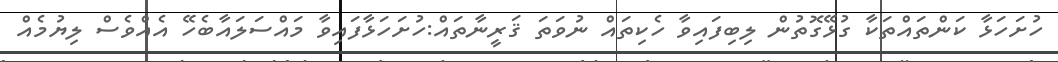
ހުށަހަޅާ ކަންތައްތަކާ ގުޅޭގޮތުން ލިބިފައިވާ ހެކިތައް ނުވަތަ ޤަރީނާތައް:ހުށަހަޅާފައިވާ މައްސަލައާބެހޭ އެއްވެސް ލިޔުމެއް